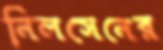
নিলসেনের